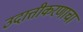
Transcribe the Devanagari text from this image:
उदात्तीकरणाचा